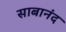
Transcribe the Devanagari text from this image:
साबानंद